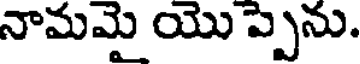
నామమై యొ ప్పెను.